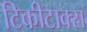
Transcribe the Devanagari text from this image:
टिकीटाक्स